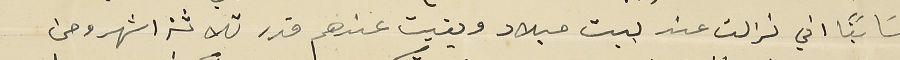
سَابقاً اني نزلت عند بيت ميلاد وبقيت عندهم قدر ثلاثة اشهر ومن